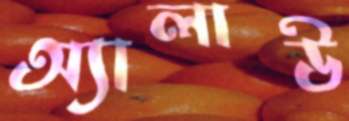
অ্যালাউ